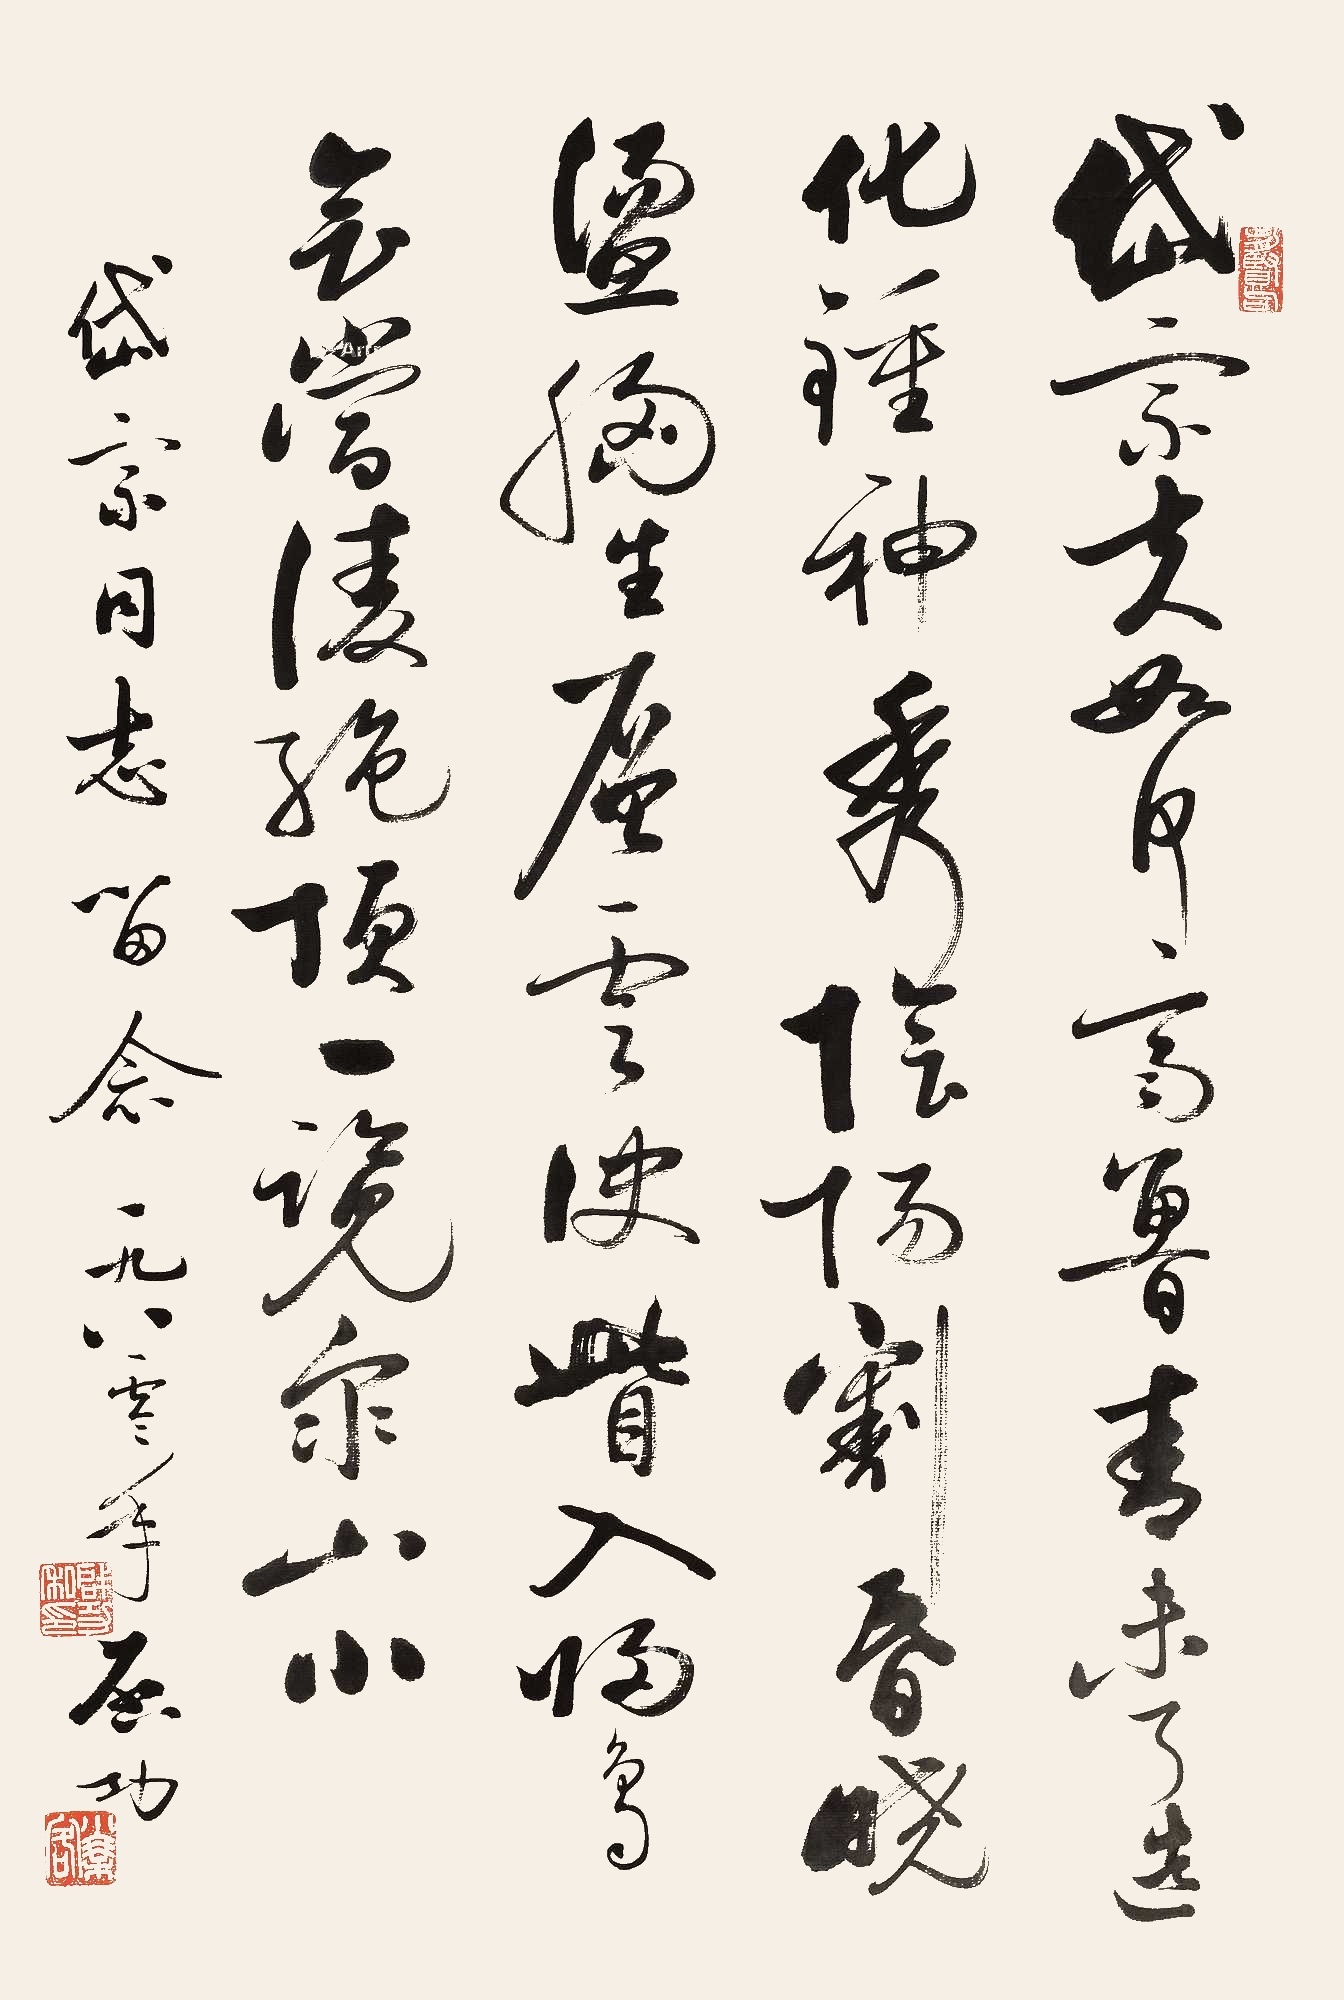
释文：岱宗夫如何？齐鲁青未了。造化钟神秀,阴阳割昏晓。荡胸生层云,决眦入归鸟。会当凌绝顶,一览众山小。岱宗同志留念。一九八零年，启功。